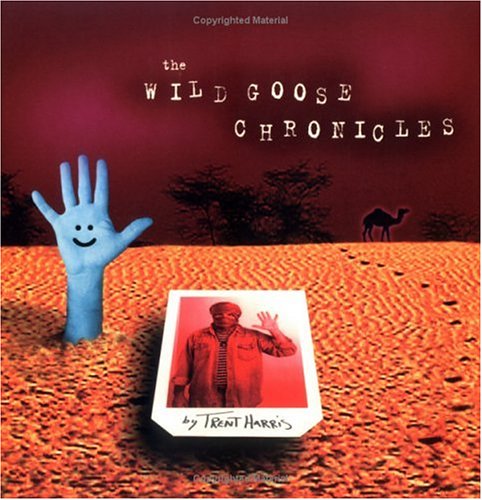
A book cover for The Wild Goose Chronicles; Trent Harris; Travel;